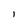
Character: I